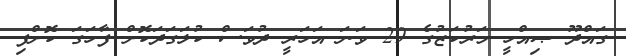
ގައްދޫ ޞިއްހީ މަރުކަޒުގެ 29 ވަނަ އަހަރީ ދުވަސް ކުލަގަދަކޮށް ފާހަގަ ކޮށްފި